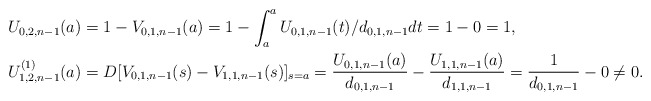
\begin{align*}&U_{0,2,n-1}(a)=1-V_{0,1,n-1}(a)=1-\int_{a}^a U_{0,1,n-1}(t)/d_{0,1,n-1} dt=1-0=1,\\&U_{1,2,n-1}^{(1)}(a)=D[V_{0,1,n-1}(s)-V_{1,1,n-1}(s)]_{s=a}=\frac{U_{0,1,n-1}(a)}{d_{0,1,n-1}}-\frac{U_{1,1,n-1}(a)}{d_{1,1,n-1}}=\frac{1}{d_{0,1,n-1}}-0\neq 0.\\\end{align*}